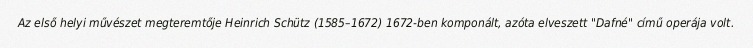
Az első helyi művészet megteremtője Heinrich Schütz (1585–1672) 1672-ben komponált, azóta elveszett "Dafné" című operája volt.